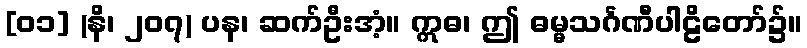
[၀၁] (နိ၊ ၂၀၇) ပန၊ ဆက်ဦးအံ့။ ဣဓ၊ ဤ ဓမ္မသင်္ဂဏီပါဠိတော်၌။